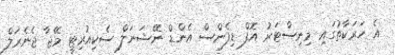
އެ ހަރަކާތުގައި މިނިސްޓަރު އޮފް ޑިފެންސް އެންޑް ނޭޝަނަލް ސެކިއުރިޓީ މޭޖާ ޖެނެރަލް